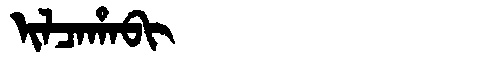
Manchu: ᡳᠯᠴᠠᡥᠠᠪᡳ
Romanization: ILCAHABI